Report of the King Institute of Preventive Medicine, Guindy
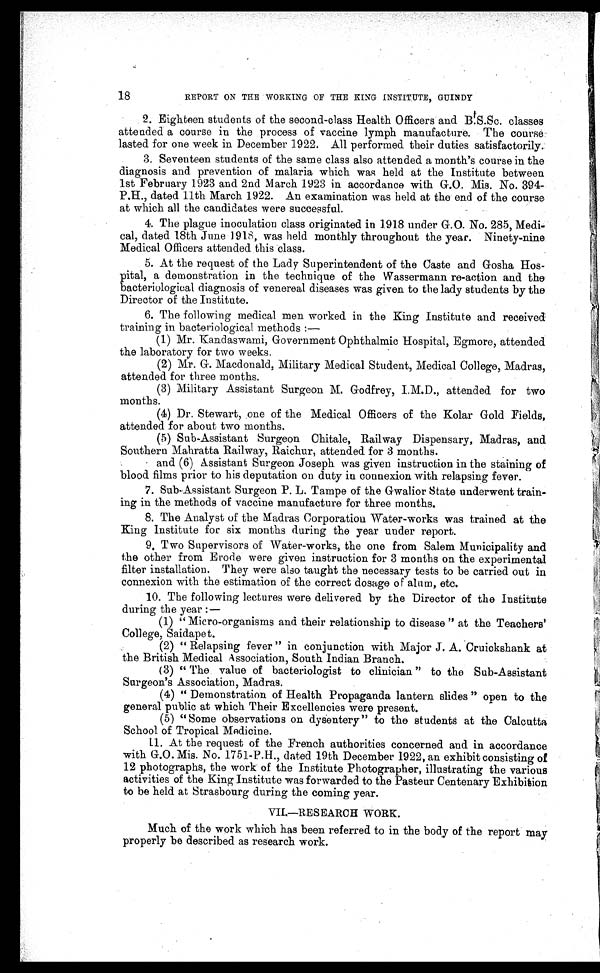
18
REPORT ON THE WORKING OF THE KING INSTITUTE, GUINDY
2. Eighteen students of the second-class Health Officers and B.S.Sc. classes
attended a course in the process of vaccine lymph manufacture. The course
lasted for one week in December 1922. All performed their duties satisfactorily.
3. Seventeen students of the same class also attended a month's course in the
diagnosis and prevention of malaria which was held at the Institute between
1st February 1923 and 2nd March 1923 in accordance with G.O. Mis. No. 394
-P.H., dated 11th March 1922. An examination was held at the end of the course
at which all the candidates were successful.
4. The plague inoculation class originated in 1918 under G.O. No. 285, Medi
- c a l , d a t e d 1 8 t h J u n e 1 9 1 8 , w a s h e l d m o n t h l y t h r o u g h o u t t h e y e a r . N i n e t y - n i n e
Medical Officers attended this class.
5. At the request of the Lady Superintendent of the Caste and Gosha Hos
-pital, a demonstration in the technique of the Wassermann re-action and the
bacteriological diagnosis of venereal diseases was given to the lady students by the
Director of the Institute.
6. The following medical men worked in the King Institute and received
training in bacteriological methods:
—
(1) Mr. Kandaswami, Government Ophthalmic Hospital, Egmore, attended
the laboratory for two weeks.
(2) Mr. G. Macdonald, Military Medical Student, Medical College, Madras,
attended for three months.
(3) Military Assistant Surgeon M. Godfrey, I.M.D., attended for two
months.
(4) Dr. Stewart, one of the Medical Officers of the Kolar Gold Fields,
attended for about two months.
(5) Sub-Assistant Surgeon Chitale, Railway Dispensary, Madras, and
Southern Mahratta Railway, Raichur, attended for 3 months.
and (6) Assistant Surgeon Joseph was given instruction in the staining of
blood films prior to his deputation on duty in connexion with relapsing fever.
7. Sub-Assistant Surgeon P. L. Tampe of the Gwalior State underwent train
-ing in the methods of vaccine manufacture for three months.
8. The Analyst of the Madras Corporation Water-works was trained at the
King Institute for six months during the year under report.
9. Two Supervisors of Water-works, the one from Salem Municipality and
the other from Erode were given instruction for 3 months on the experimental
filter installation. They were also taught the necessary tests to be carried out in
connexion with the estimation of the correct dosage of alum, etc.
10. The following lectures were delivered by the Director of the Institute
during the year:
—
(1) "Micro-organisms and their relationship to disease" at the Teachers'
College, Saidapet.
(2) "Relapsing fever" in conjunction with Major J. A. Cruickshank at
the British Medical Association, South Indian Branch.
(3) "The value of bacteriologist to clinician" to the Sub-Assistant
Surgeon's Association, Madras.
(4) "Demonstration of Health Propaganda lantern slides" open to the
general public at which Their Excellencies were present.
(5) "Some observations on dysentery" to the students at the Calcutta
School of Tropical Medicine.
11. At the request of the French authorities concerned and in accordance
with G.O. Mis. No. 1751-P.H., dated 19th December 1922, an exhibit consisting of
12 photographs, the work of the Institute Photographer, illustrating the various
activities of the King Institute was forwarded to the Pasteur Centenary Exhibition
to be held at Strasbourg during the coming year.
VII.—RESEARCH WORK.
Much of the work which has been referred to in the body of the report may
properly be described as research work.